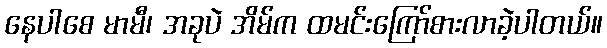
နေပါစေ မာမီ၊ အခုပဲ အိမ်က ထမင်းကြော်စားလာခဲ့ပါတယ်။